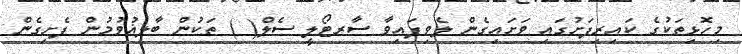
މިހޮޅިތަކުގެ ކައިރިފަށުގައި ވަށައިގެން ލެވިފައިވާ ސާރޓޯލީ ސެލް( ) ތަކުން ބާލިޣުވުމުން ފެށިގެން